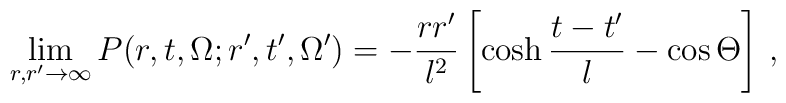
\lim_{r,r'\to\infty} P(r,t,\Omega; r',t',\Omega') = -\frac{rr'}{l^2}\left[\cosh\frac{t-t'}{l} - \cos\Theta\right]\,,